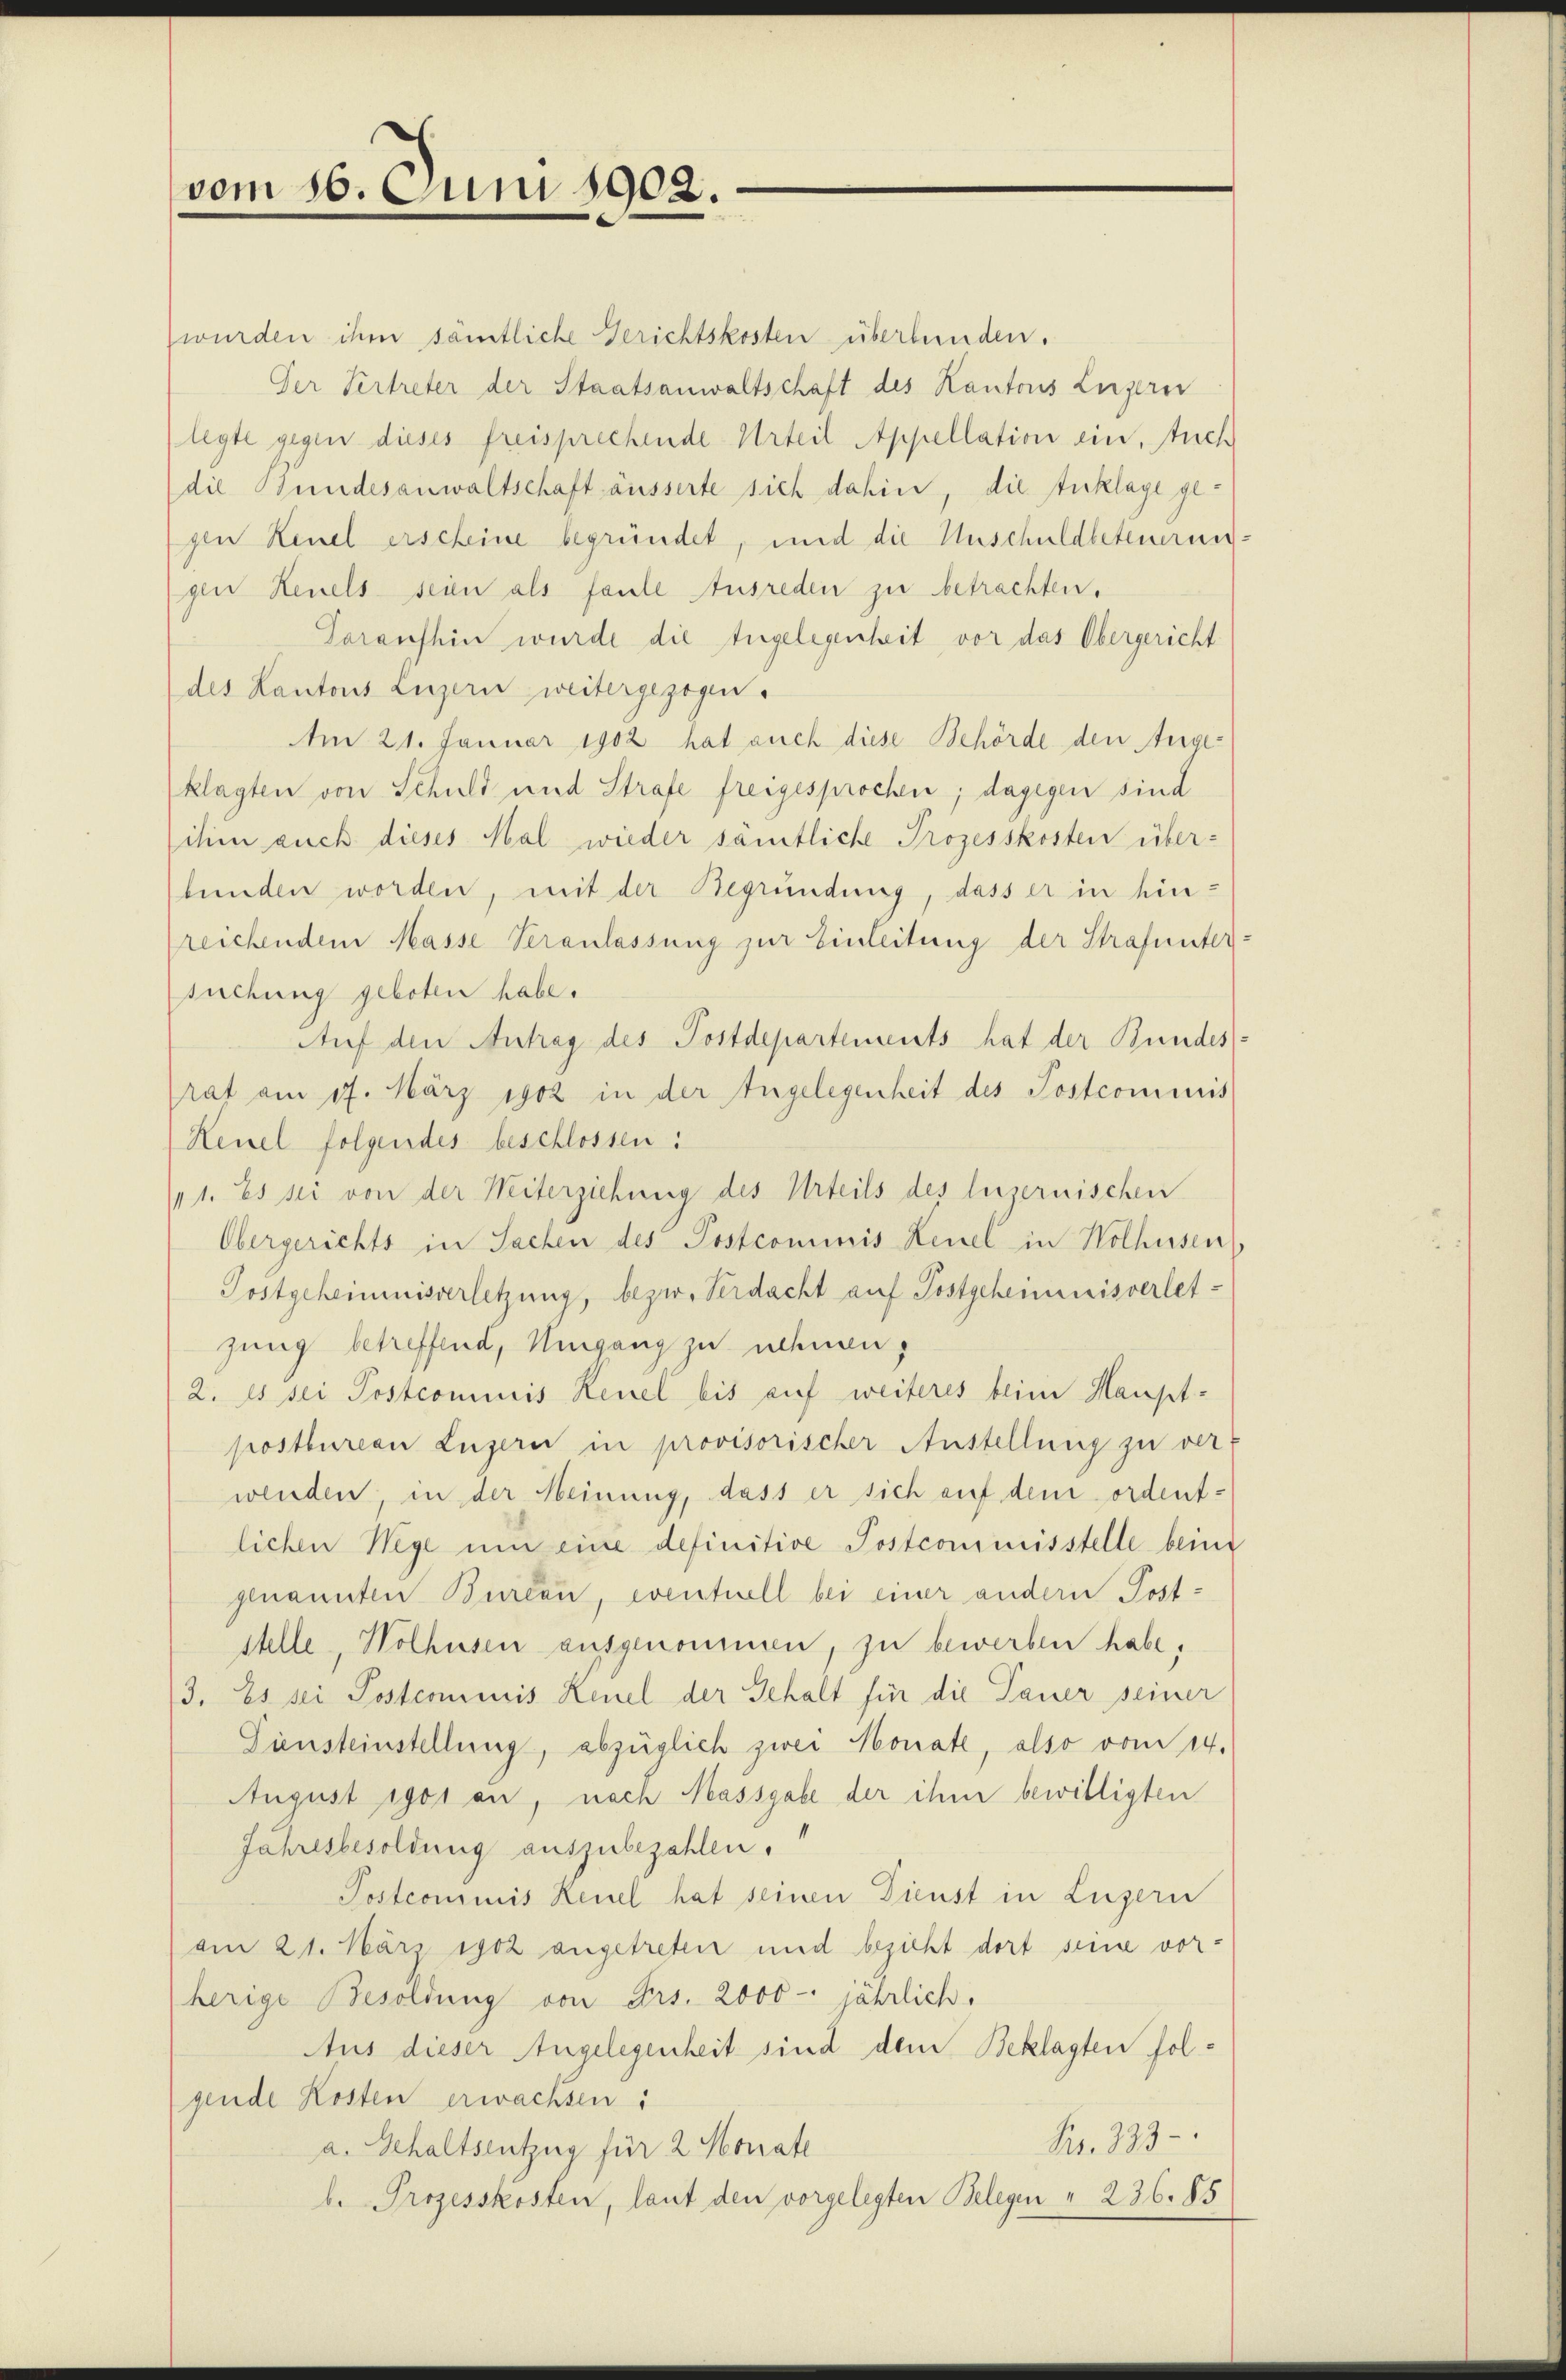
vom 16. Juni 1902.

wurden ihm sämtliche Gerichtskosten überbunden.
Der Vertreter der Staatsanwaltschaft des Kantons Luzern
legte gegen dieses freisprechende Urteil Appellation ein, stuch
die Bundesanwaltschaft äusserte sich dahin, die Anklage gegen Keuel erscheine begründet, und die Unschuldbeteuerun
gen Heuels seien als faule Ausreden zu betrachten.
Taraushin wurde die Angelegenheit vor das Obergericht
des Kantons Luzern weitergezogen.
Am 21. Januar 1902 hat auch diese Behörde den Angeklagten von Schuld und Strafe freigesprochen; dagegen sind
ihm auch dieses Mal wieder samtliche Prozesskosten über-
bunden worden, mit der Begründung, dass er in hinreichendem Masse Veranlassung zur Einleitung der Strafunter
suchung geboten habe.
Auf den Antrag des Postdepartements hat der Bundes
rat am 17. März 1902 in der Angelegenheit des Postcommis
Heuel folgendes beschlossen:
11. Es sei von der Weiterziehung des Urteils des luzernischen
Obergerichts in Sachen des Postcommis Keuel in Wolhusen,
Postgeheimnisverletzung, bezw. Verdacht auf Postgeheimnisverletzung betreffend, Umgang zu nehmen,
2. Es sei Postcommis Keuel bis auf weiteres beim Hauptpostburean Luzern in provisorischer Anstellung zu verf
wenden in der Meinung, dass er sich auf dem ordentlichen Wege um eine definitive Postcommisstelle beim
genannten Bureau, eventuell bei einer andern Poststelle, Wolhusen ausgenommen, zu bewerben habe,
3. Es sei Postcommis Keuel der Schalt für die Tauer seiner
Siensteinstellung, abzüglich zwei Monate, also vom 14.
August igos an, nach Massgabe der ihm bewilligten
Jahresbesoldung auszubezahlen.
Postcommis Reuel hat seinen Dienst in Luzern
am 21. März 1902 angetreten und bezieht dort seine vor-
herige Besoldung von Frs. 2000 jährlich.
Aus dieser Angelegenheit sind dem Beklagten folgende Kosten erwachsen:
Br. 333
a. Gehaltsentzug für 2 Monate
b. Prozesskosten, laut den vorgelegten Belegen " 236. 85